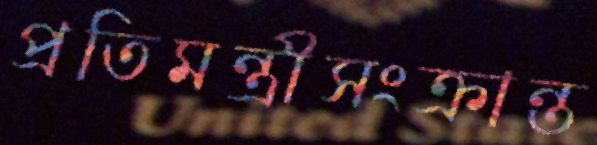
প্রতিমন্ত্রীসংক্রান্ত